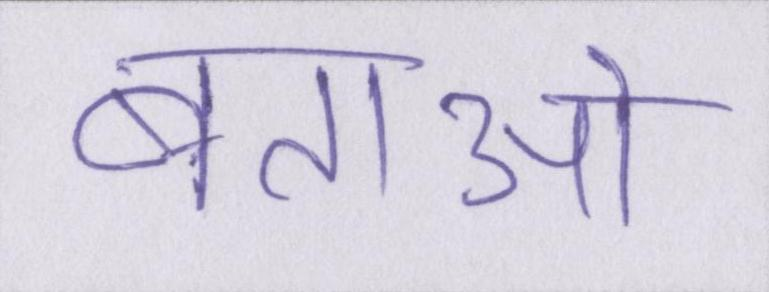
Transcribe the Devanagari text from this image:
बताओ